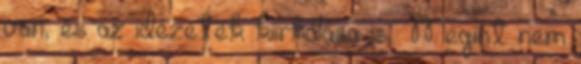
van, és az idézetek kiirkálása is : Megint nem